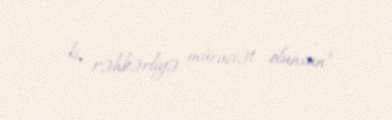
ki, rəhbərliyə müraciət olunsun”.